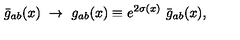
\bar { g } _ { a b } ( x ) \ \rightarrow \ g _ { a b } ( x ) \equiv e ^ { 2 \sigma ( x ) } \ \bar { g } _ { a b } ( x ) ,